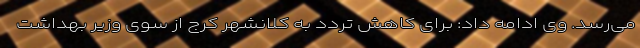
می‌رسد. وی ادامه داد: برای کاهش تردد به کلانشهر کرج از سوی وزیر بهداشت